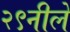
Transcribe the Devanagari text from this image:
२९नीले